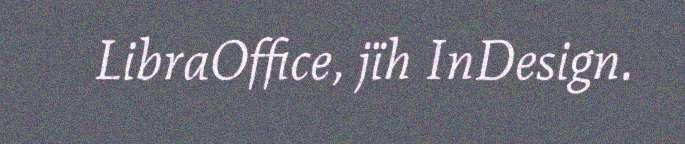
LibraOffice, jïh InDesign.